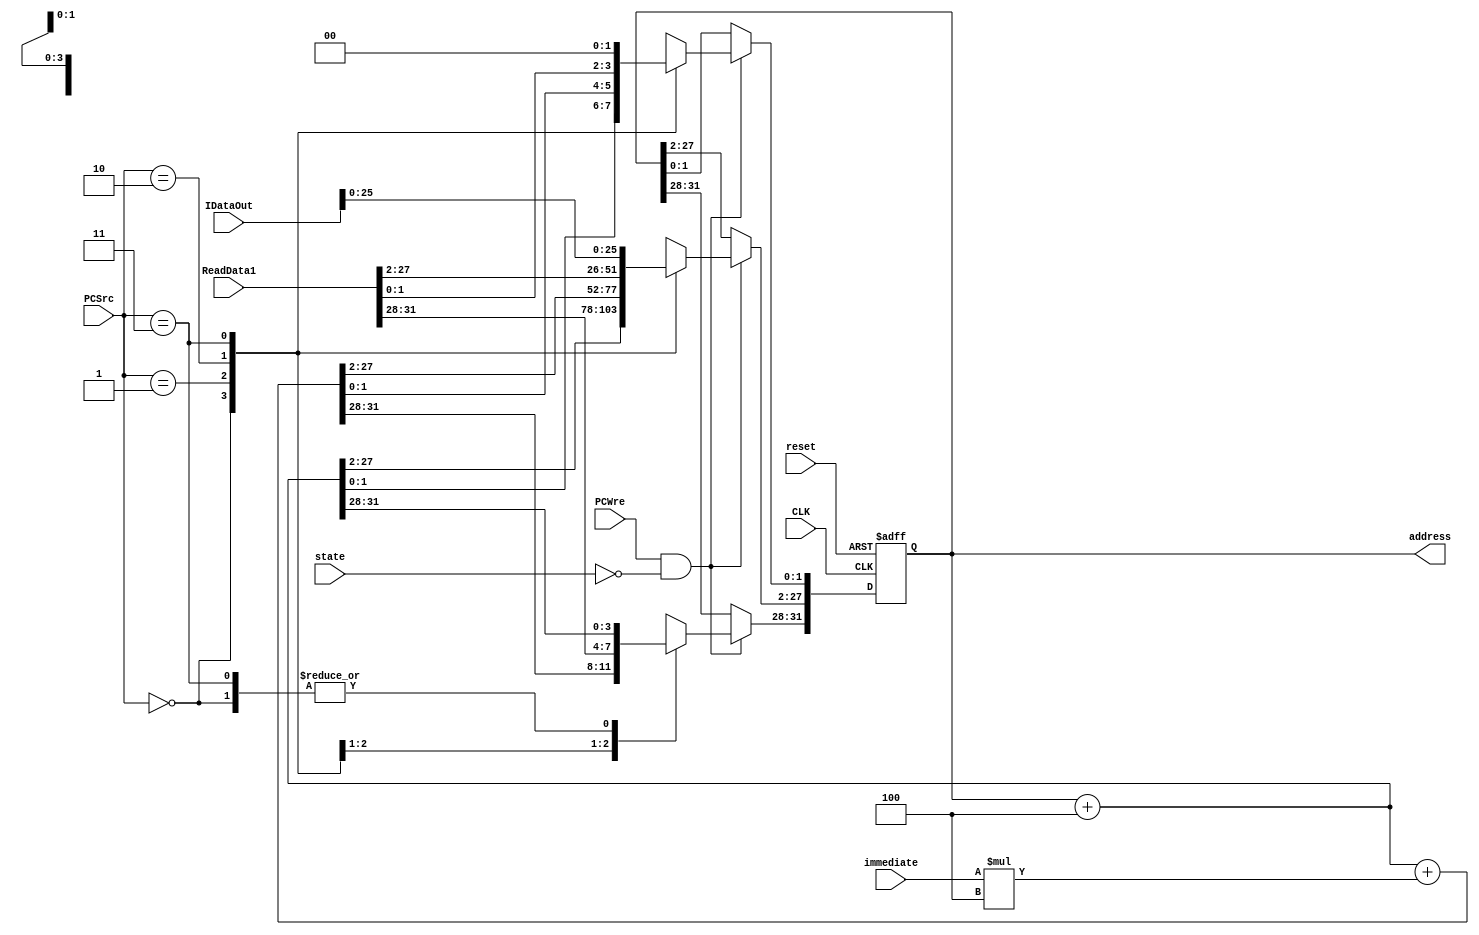
module PC(CLK,reset,PCWre,state,PCSrc,immediate,ReadData1,IDataOut,address);
input CLK,reset;
input PCWre;
input [2:0] state;
input [1:0] PCSrc;
input [31:0] immediate;
input [31:0] ReadData1;
input [31:0] IDataOut;
output [31:0] address;
wire [1:0] PCSrc;
wire PCWre;
reg [31:0] address;
wire [31:0] addressPlu4;
assign addressPlu4 = address + 4;
initial begin
	address <= 0;
end
always @(negedge CLK or negedge reset) begin
	if(reset == 0)
		address <= 0;
	else if(PCWre && state == 3'b000) begin
		case(PCSrc)
			2'b00:
				address <= address + 4;
			2'b01:
				address <= address + 4 + immediate * 4;
			2'b10: begin
				address <= ReadData1;
			end
			2'b11: begin
				address[31:28]<=addressPlu4[31:28];
				address[27:2]<=IDataOut[25:0];
				address[1:0]<=2'b00;
			end
		endcase
	end
end
endmodule